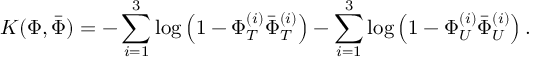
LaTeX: K ( \Phi , { \bar { \Phi } } ) = - \sum _ { i = 1 } ^ { 3 } \log \left( 1 - \Phi _ { T } ^ { ( i ) } { \bar { \Phi } } _ { T } ^ { ( i ) } \right) - \sum _ { i = 1 } ^ { 3 } \log \left( 1 - \Phi _ { U } ^ { ( i ) } { \bar { \Phi } } _ { U } ^ { ( i ) } \right) .